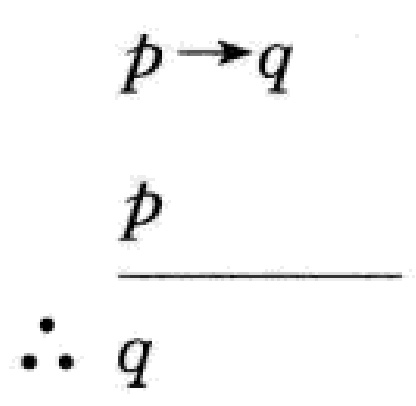
\[
\begin{align*}
p&\to q\\
p\\
\hline
\therefore q
\end{align*}
\]